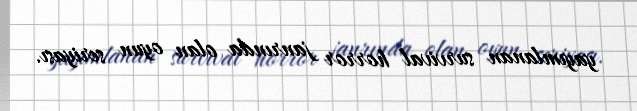
yayımlanan survival horror janrında olan oyun seriyası.